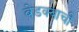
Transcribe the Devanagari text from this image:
बेडक्याची